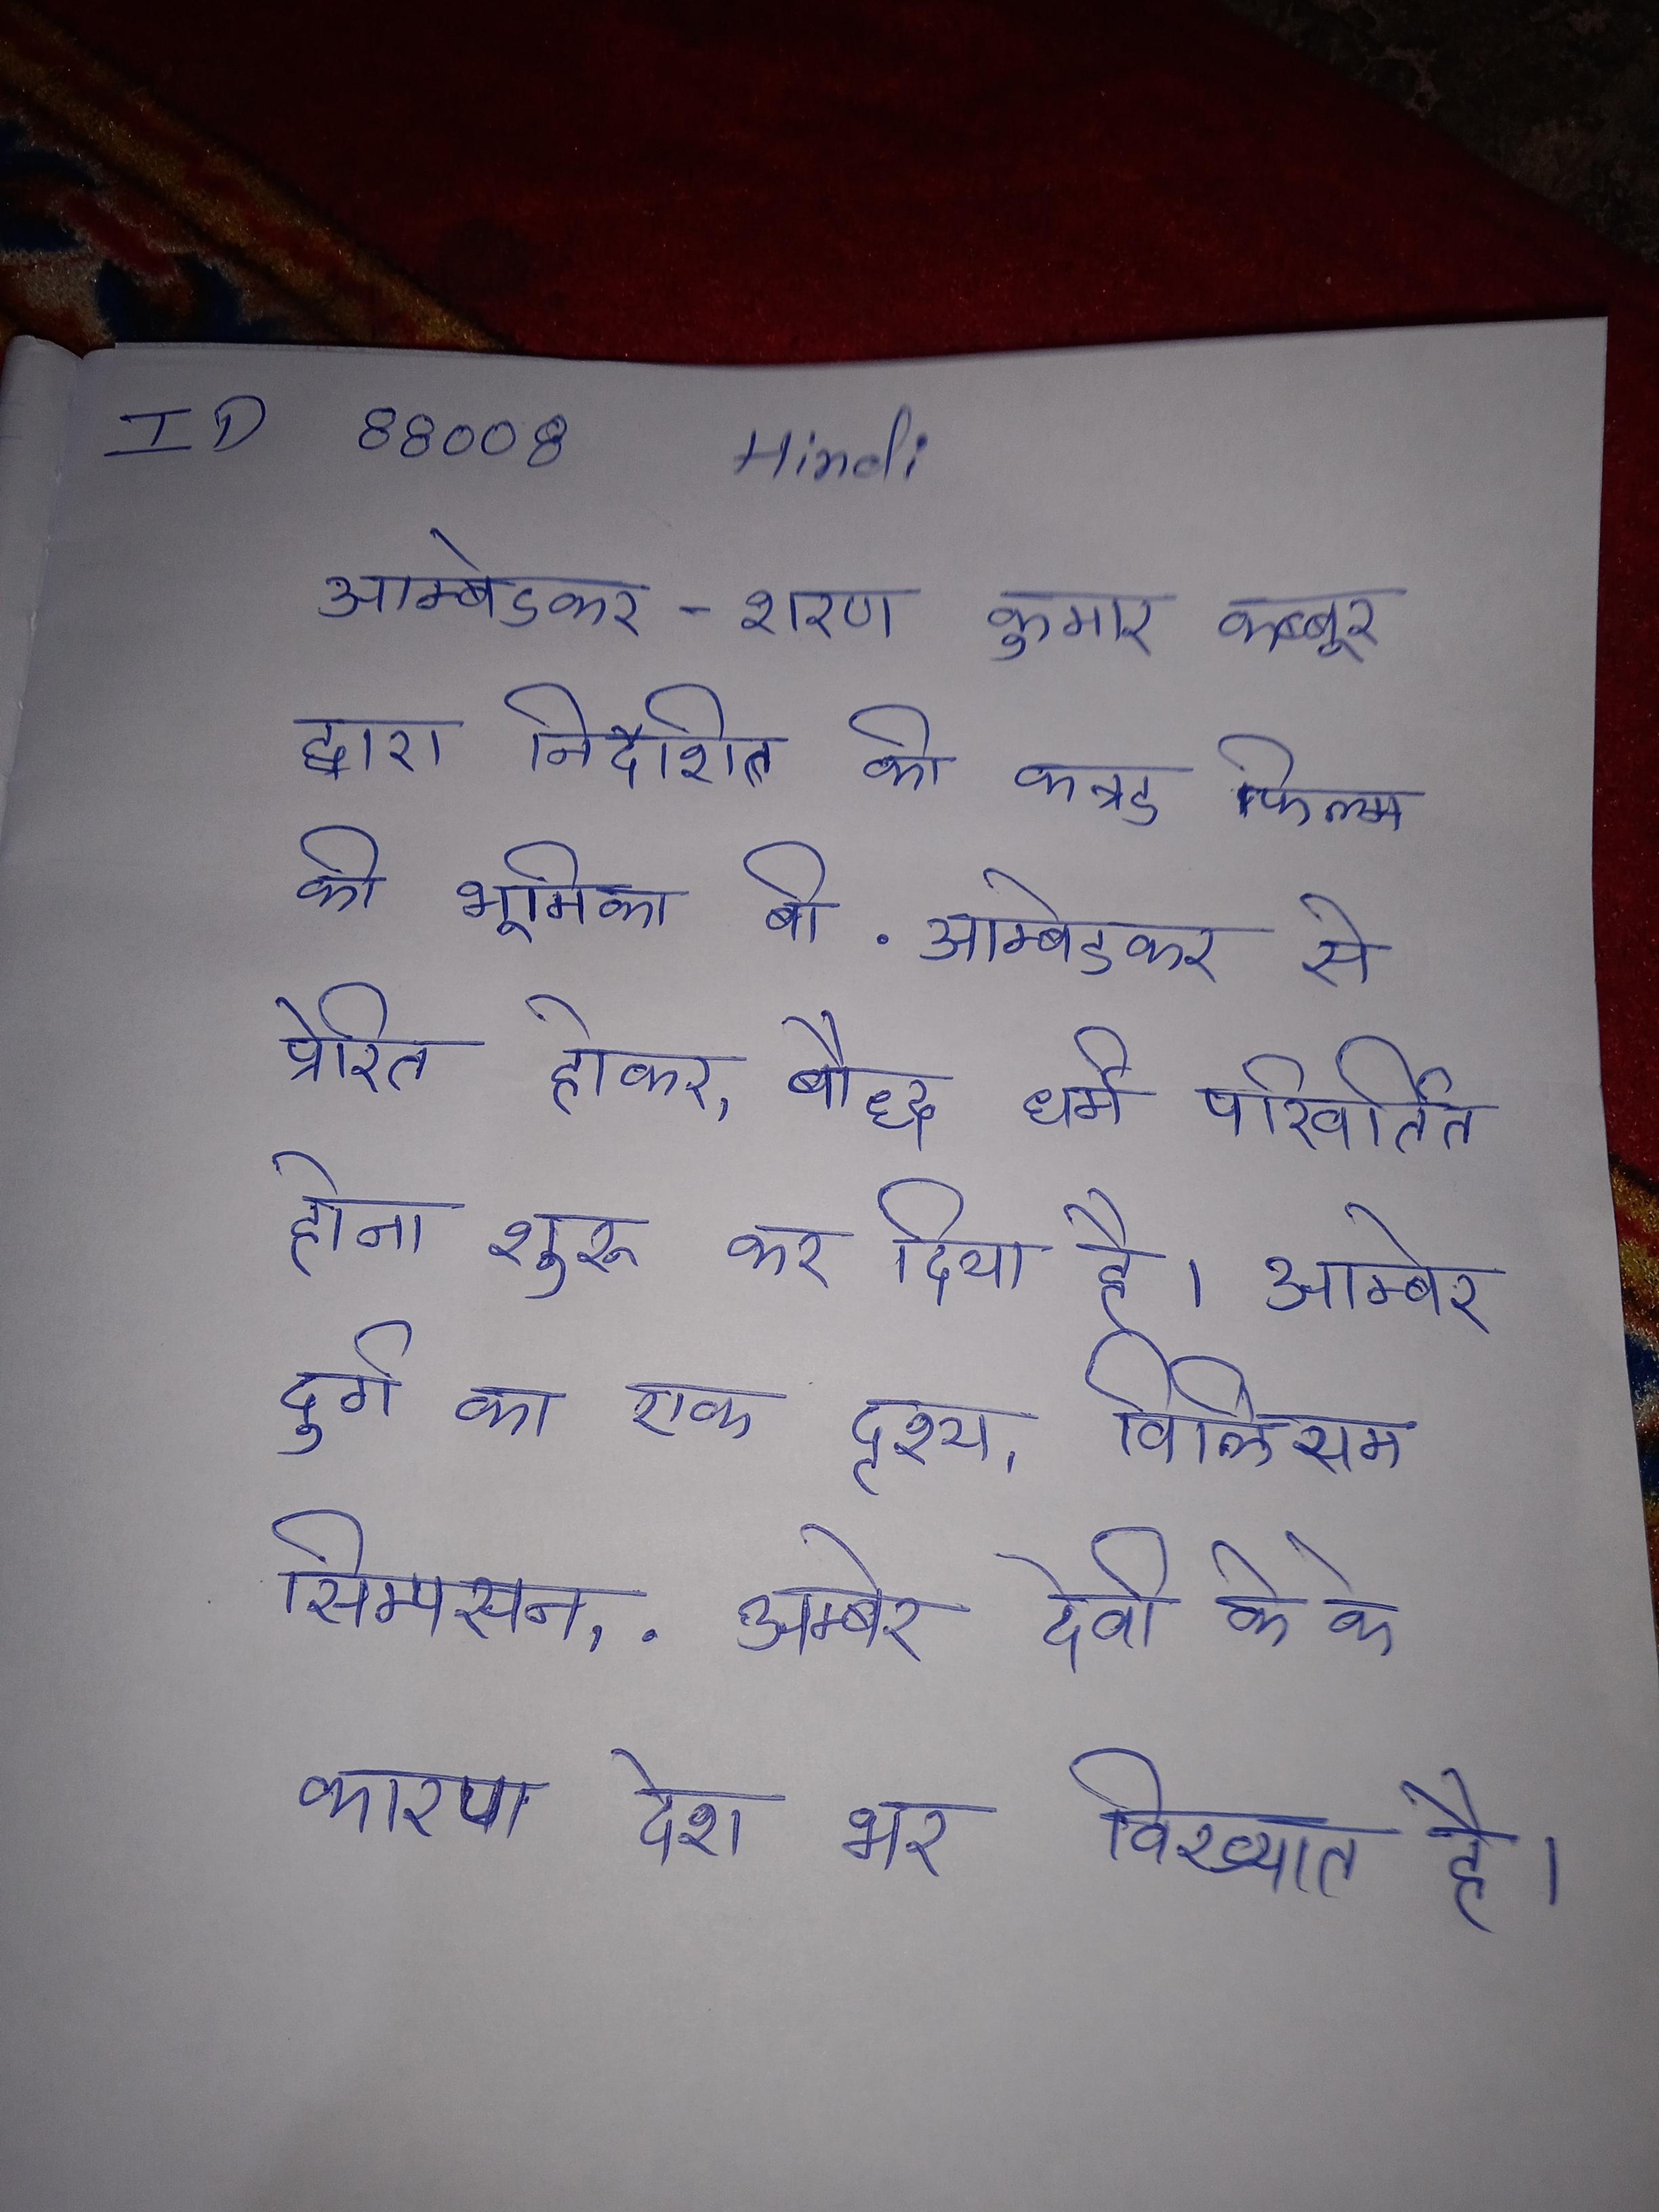
आम्बेडकर - शरण कुमार कब्बूर द्वारा निर्देशित की कन्नड फिल्म, की भूमिका बी . आम्बेडकर से प्रेरित होकर, बौद्ध धर्म परिवर्तित होना शुरू कर दिया है । आम्बेर दुर्ग का एक दृश्य, विलियम सिम्पसन, . आम्बेर देवी के के कारण देश भर विख्यात है ।